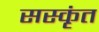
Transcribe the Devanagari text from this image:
सस्कृंत